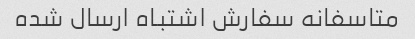
متاسفانه سفارش اشتباه ارسال شده